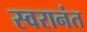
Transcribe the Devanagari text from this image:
स्वरानंत